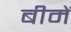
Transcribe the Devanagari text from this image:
बीमें